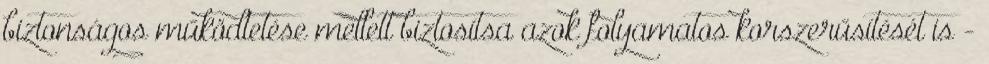
biztonságos működtetése mellett biztosítsa azok folyamatos korszerűsítését is -